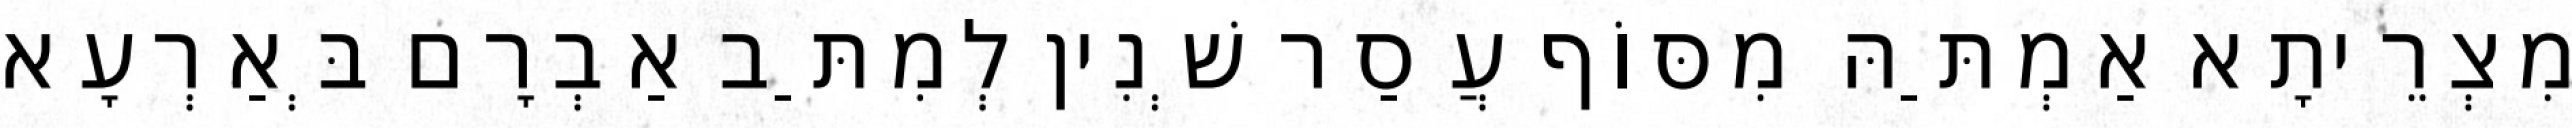
מִצְרֵיתָא אַמְתַּהּ מִסּוֹף עֲסַר שְׁנִין לְמִתַּב אַבְרָם בְּאַרְעָא